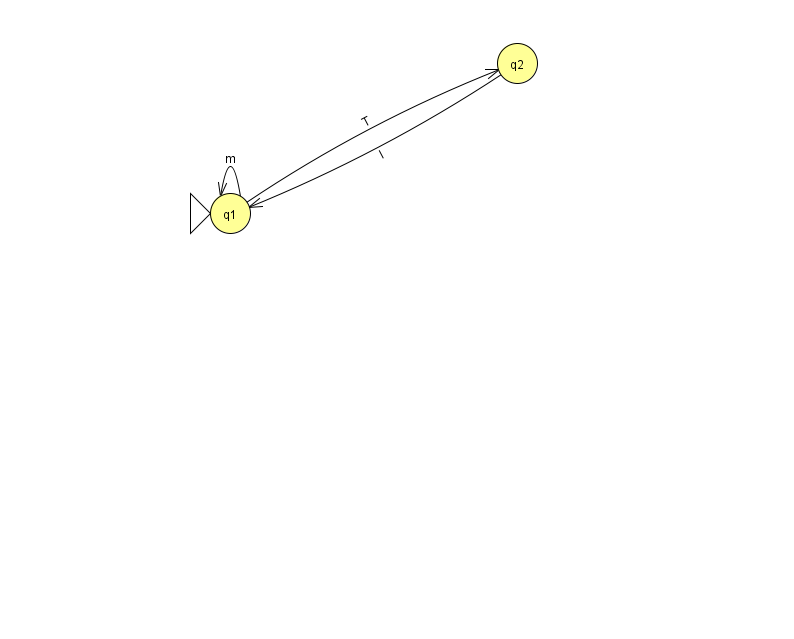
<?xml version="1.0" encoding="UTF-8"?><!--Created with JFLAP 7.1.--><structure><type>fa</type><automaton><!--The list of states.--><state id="1" name="q1"><x>230.0</x><y>200.0</y><initial/></state><state id="2" name="q2"><x>517.0</x><y>50.0</y></state><!--The list of transitions.--><transition><from>2</from><to>1</to><read>I</read></transition><transition><from>1</from><to>1</to><read>m</read></transition><transition><from>1</from><to>2</to><read>T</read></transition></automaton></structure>